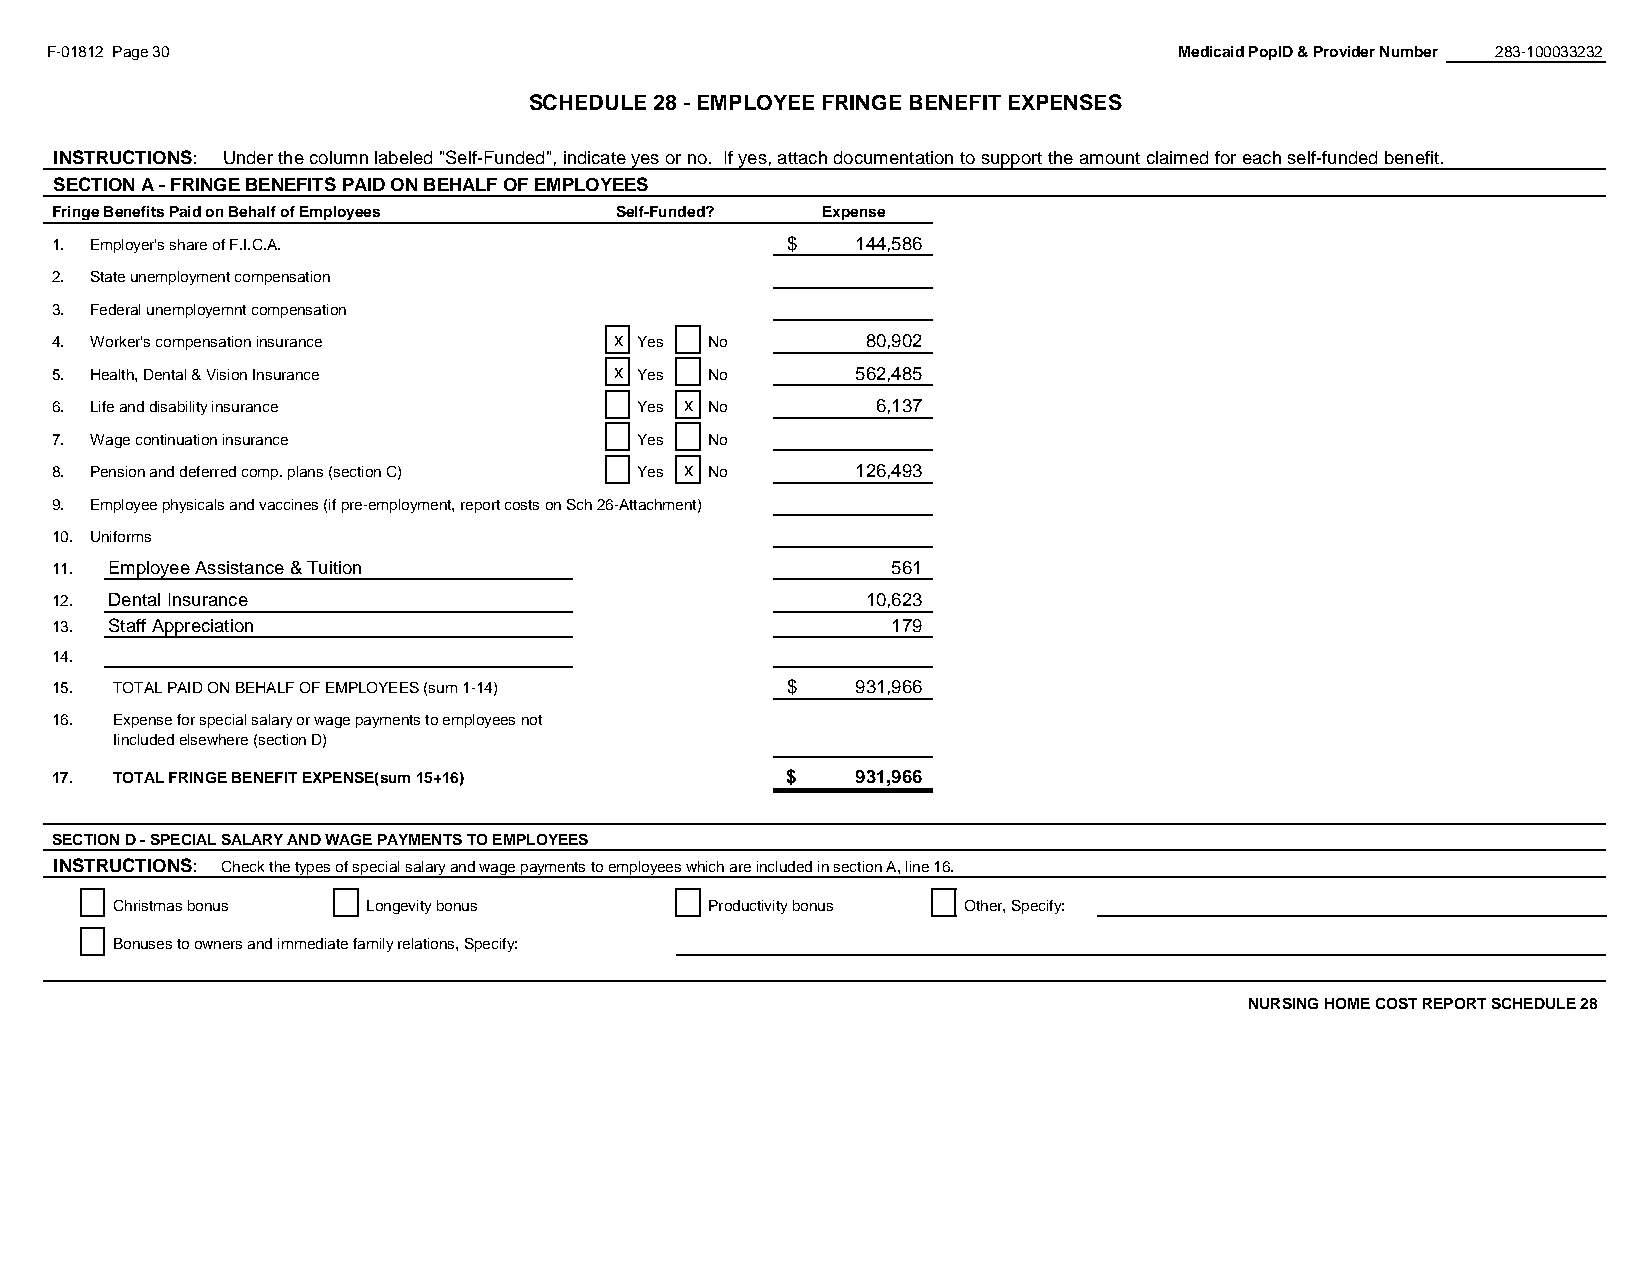
F-01812 Page 30                                                            Medicaid PopID & Provider Number 283-100033232
 SCHEDULE 28 - EMPLOYEE FRINGE BENEFIT EXPENSES
 #REF!
 INSTRUCTIONS: Under the column labeled "Self-Funded", indicate yes or no. If yes, attach documentation to support the amount claimed for each self-funded benefit.
 SECTION A - FRINGE BENEFITS PAID ON BEHALF OF EMPLOYEES
 Fringe Benefits Paid on Behalf of Employees Self-Funded? Expense
 1. Employer's share of F.I.C.A.                  $    1 44,586
 2. State unemployment compensation
 3. Federal unemployemnt compensation
 4. Worker's compensation insurance    x Yes No        80,902
 5. Health, Dental & Vision Insurance  x Yes No        562,485
 6. Life and disability insurance       Yes x No        6,137
 7. Wage continuation insurance         Yes  No
 8. Pension and deferred comp. plans (section C) Yes x No 126,493
 9. Employee physicals and vaccines (if pre-employment, report costs on Sch 26-Attachment)
 10. Uniforms
 11. Employee Assistance & Tuition                       561
 12. Dental Insurance                                  10,623
 13. Staff Appreciation                                  179
 14.
 15. TOTAL PAID ON BEHALF OF EMPLOYEES (sum 1-14) $    9 31,966
 16. Expense for special salary or wage payments to employees not
 Iincluded elsewhere (section D)
 17. TOTAL FRINGE BENEFIT EXPENSE(sum 15+16)      $    931,966
 SECTION D - SPECIAL SALARY AND WAGE PAYMENTS TO EMPLOYEES
 INSTRUCTIONS: Check the types of special salary and wage payments to employees which are included in section A, line 16.
 Christmas bonus  Longevity bonus        Productivity bonus Other, Specify:
 Bonuses to owners and immediate family relations, Specify:
 NURSING HOME COST REPORT SCHEDULE 28